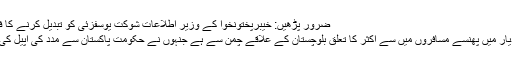
ضرور پڑھیں: خیبرپختونخوا کے وزیر اطلاعات شوکت یوسفزئی کو تبدیل کرنے کا فیصلہ
غیر دیار میں پھنسے مسافروں میں سے اکثر کا تعلق بلوچستان کے علاقے چمن سے ہے جنہوں نے حکومت پاکستان سے مدد کی اپیل کی تھی۔